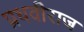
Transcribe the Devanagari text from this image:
प्रथवीराज